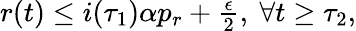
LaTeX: \begin{array}{r}{r(t)\leq i(\tau_{1})\alpha p_{r}+\frac{\epsilon}{2},\ \forall t\geq\tau_{2},}\end{array}